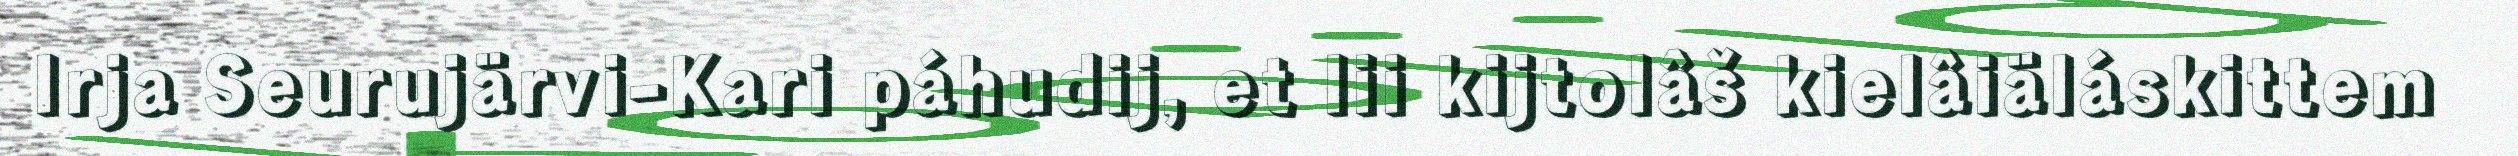
Irja Seurujärvi-Kari páhudij, et lii kijtolâš kielâiäláskittem